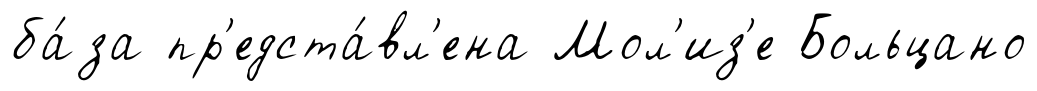
ба́за пр'едста́вл'ена Мол'из'е Больцано